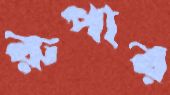
রুপার